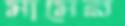
মামের